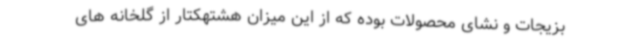
بزیجات و نشای محصولات بوده که از این میزان هشتهکتار از گلخانه های